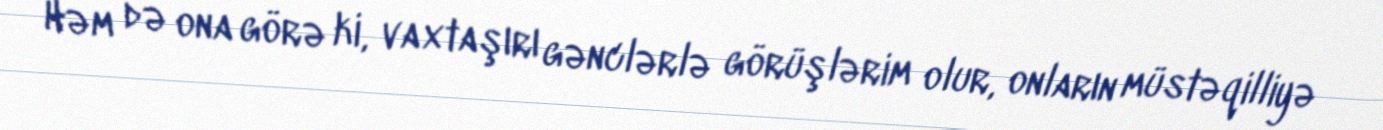
Həm də ona görə ki, vaxtaşırı gənclərlə görüşlərim olur, onların müstəqilliyə